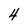
Character: 4